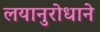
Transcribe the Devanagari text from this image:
लयानुरोधाने